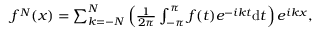
\begin{array} { r } { f ^ { N } ( { x } ) = \sum _ { k = - N } ^ { N } \left( \frac { 1 } { 2 \pi } \int _ { - \pi } ^ { \pi } f ( t ) e ^ { - i k { t } } \mathrm { d } { { t } } \right) e ^ { i { k } { x } } , } \end{array}